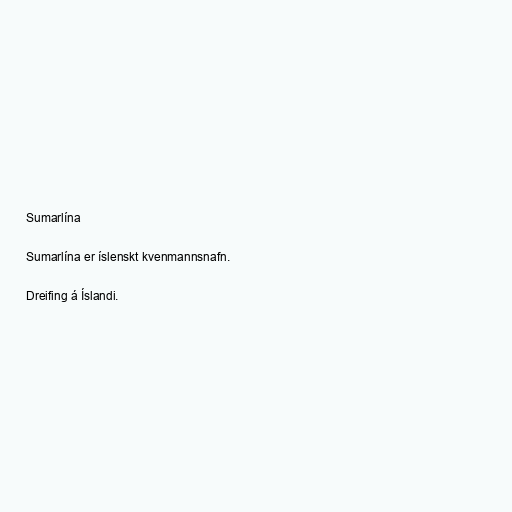
Sumarlína

Sumarlína er íslenskt kvenmannsnafn.

Dreifing á Íslandi.